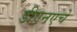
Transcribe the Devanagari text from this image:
डीएनएचे